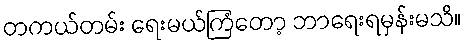
တကယ်တမ်း ရေးမယ်ကြံတော့ ဘာရေးရမှန်းမသိ။